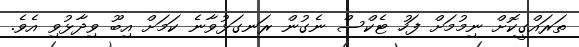
ތަރައްގީކޮށް ނިމުމަށް ފަހު ޓެކްސް ނެގުން ރަނގަޅުވާނެ ކަމަށް އިބޫ ވިދާޅުވި އެވެ.